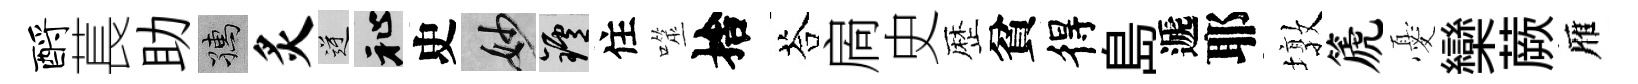
酹萇助孺炙逆祉史妙爐住噬捨荅扄史歴貧得島遞耶墩篪憂欒蕨雁